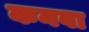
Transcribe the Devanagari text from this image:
कनवा